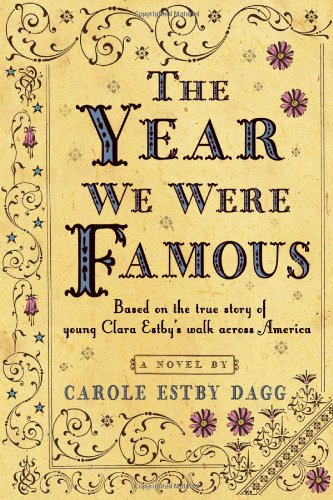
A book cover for The Year We Were Famous; Carole Estby Dagg; Teen & Young Adult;